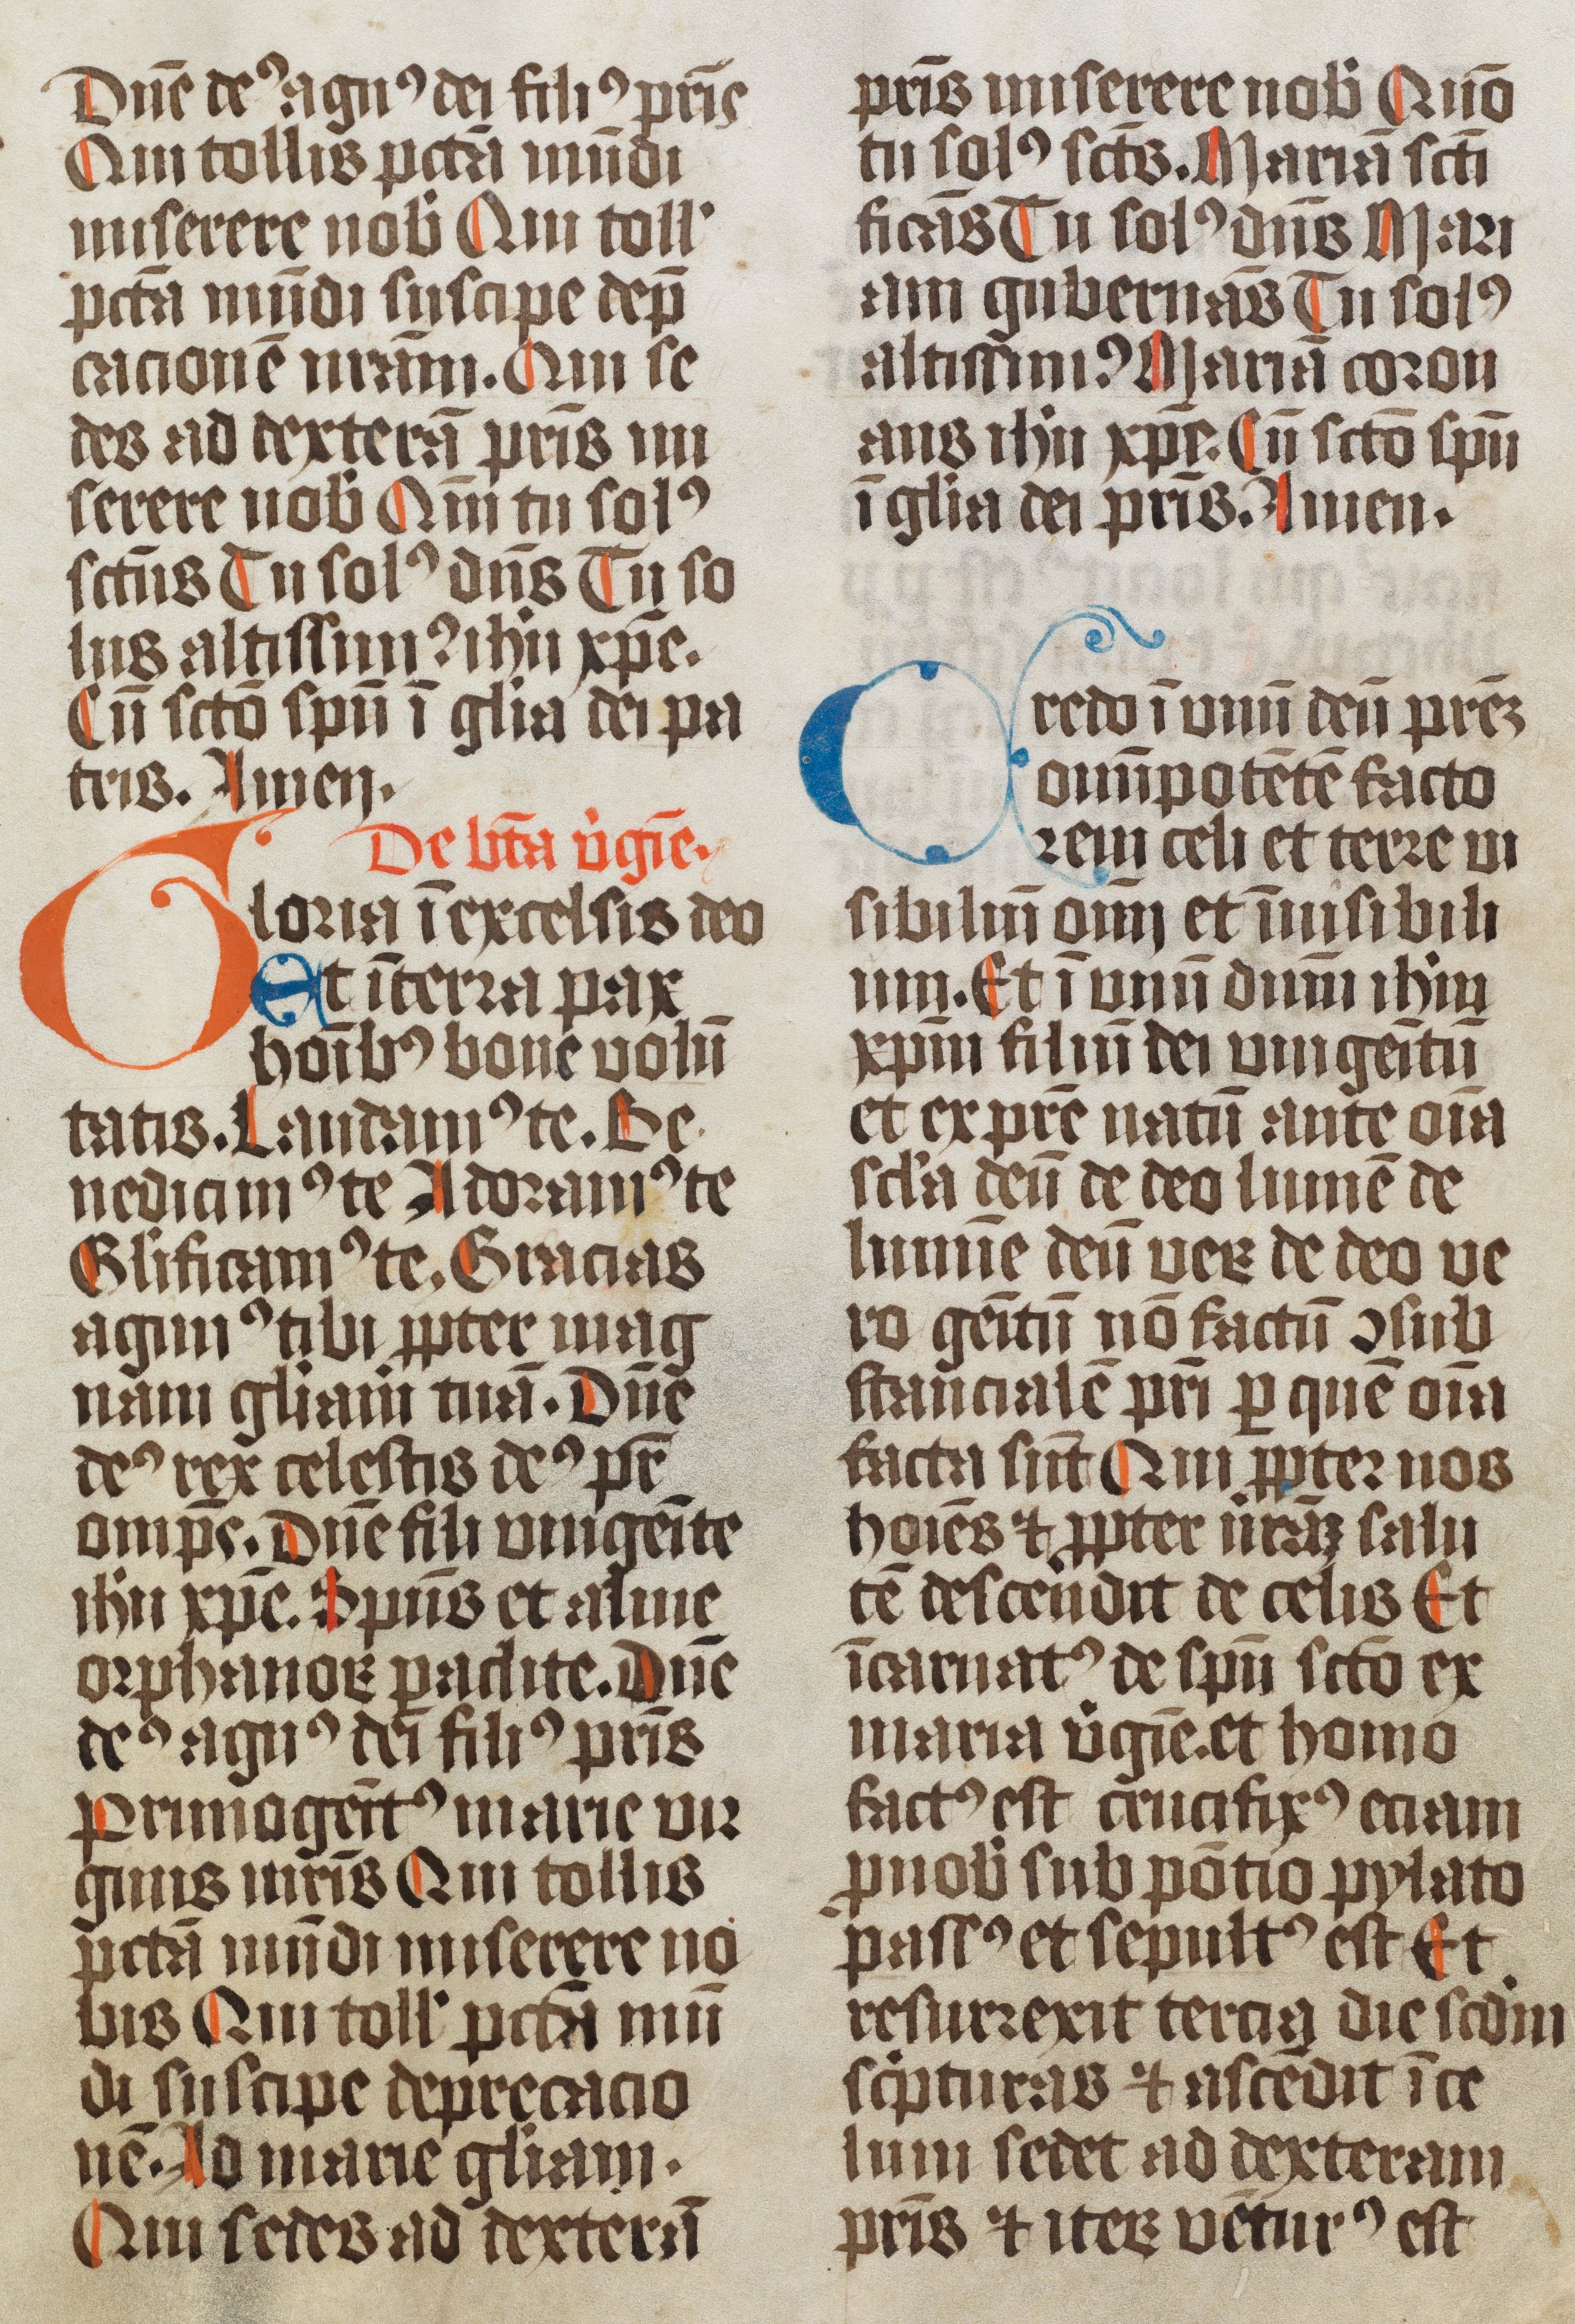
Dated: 1474–1476